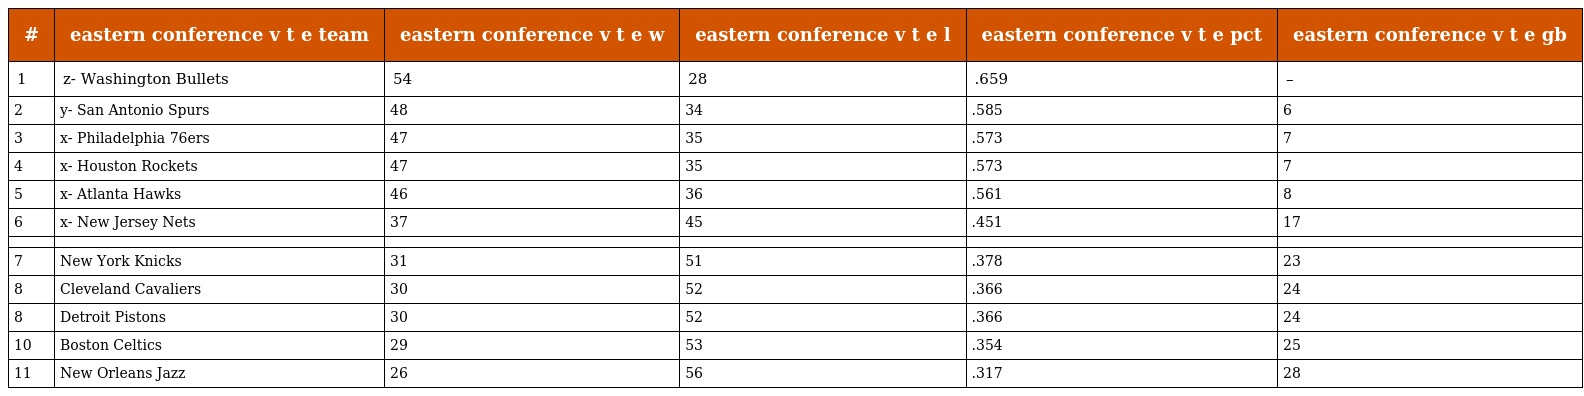
| # | eastern conference v t e team | eastern conference v t e w | eastern conference v t e l | eastern conference v t e pct | eastern conference v t e gb |
 | --- | --- | --- | --- | --- | --- |
 | 1 | z- Washington Bullets | 54 | 28 | .659 | – |
 | 2 | y- San Antonio Spurs | 48 | 34 | .585 | 6 |
 | 3 | x- Philadelphia 76ers | 47 | 35 | .573 | 7 |
 | 4 | x- Houston Rockets | 47 | 35 | .573 | 7 |
 | 5 | x- Atlanta Hawks | 46 | 36 | .561 | 8 |
 | 6 | x- New Jersey Nets | 37 | 45 | .451 | 17 |
 |  |  |  |  |  |  |
 | 7 | New York Knicks | 31 | 51 | .378 | 23 |
 | 8 | Cleveland Cavaliers | 30 | 52 | .366 | 24 |
 | 8 | Detroit Pistons | 30 | 52 | .366 | 24 |
 | 10 | Boston Celtics | 29 | 53 | .354 | 25 |
 | 11 | New Orleans Jazz | 26 | 56 | .317 | 28 |